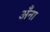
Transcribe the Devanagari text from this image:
अँना